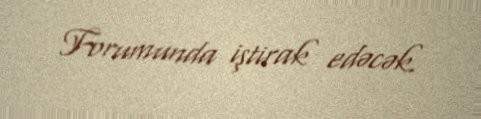
Forumunda iştirak edəcək.